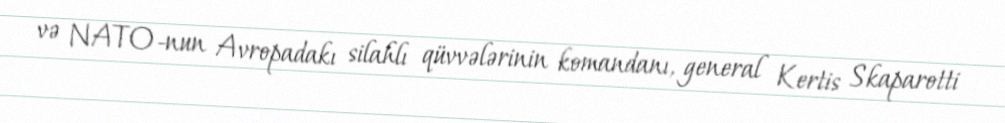
və NATO-nun Avropadakı silahlı qüvvələrinin komandanı, general Kertis Skaparotti